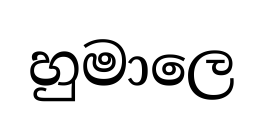
හුමාලෙ